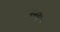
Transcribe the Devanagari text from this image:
नभस